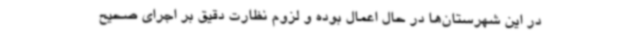
در این شهرستان‌ها در حال اعمال بوده و لزوم نظارت‌ دقیق بر اجرای صحیح